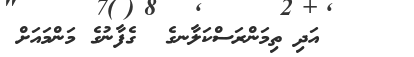
އަދި ތިމަންރަސްކަލާނގެ  ގެފާނުގެ މަންމައަށް